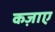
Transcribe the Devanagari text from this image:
कज़ाए